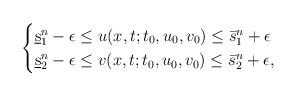
LaTeX: \begin{align*}\begin{cases}\underbar s_1^n -\epsilon \le u(x,t;t_0,u_0,v_0) \le \bar s_1^n+\epsilon\cr\underbar s_2^n -\epsilon \le v(x,t;t_0,u_0,v_0) \le \bar s_2^n+\epsilon,\end{cases}\end{align*}